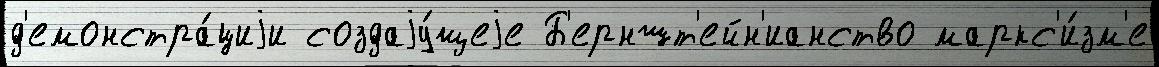
д'емонстра́циjи создаjу́щеjе Б'ерншт'ейн'ианство маркс'и́зм'е